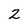
Character: 2